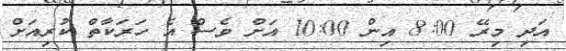
އަދިި މިރޭ 8:00 އިން 10:00 އަށް ވެސް އެ ހަރަކާތް ކުރިއަށް